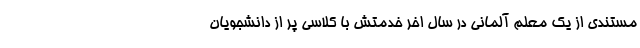
مستندی از یک معلم آلمانی در سال اخر خدمتش با کلاسی پر از دانشجویان